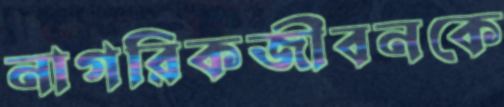
নাগরিকজীবনকে